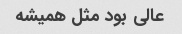
عالی بود مثل همیشه